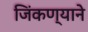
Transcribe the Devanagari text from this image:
जिंकण्याने